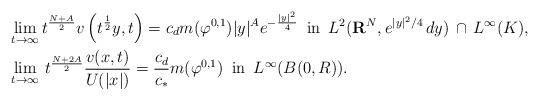
LaTeX: \begin{align*} & \lim_{t\to\infty}t^{\frac{N+A}{2}}v\left(t^{\frac{1}{2}}y,t\right)=c_dm(\varphi^{0,1})|y|^Ae^{-\frac{|y|^2}{4}}\,\,\,\mbox{in}\,\,\,L^2({\bf R}^N,e^{|y|^2/4}\,dy)\,\cap\,L^\infty(K),\\ & \lim_{t\to\infty}\,t^{\frac{N+2A}{2}}\frac{v(x,t)}{U(|x|)} =\frac{c_d}{c_*}m(\varphi^{0,1})\,\,\,\mbox{in}\,\,\,L^\infty(B(0,R)).\end{align*}